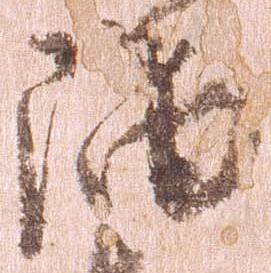
隅